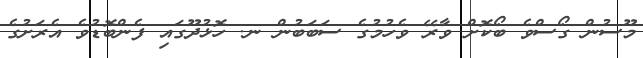
މޫސުން ގޯސްވެ ބޯކޮށް ވާރޭ ވެހުމުގެ ސަބަބުން ނ. ހޮޅުދޫގައި ފެންބޮޑުވެ އެރަށުގެ